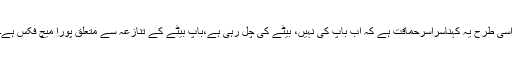
اسی طرح یہ کہناسراسرحماقت ہے کہ اب باپ کی نہیں، بیٹے کی چل رہی ہے،باپ بیٹے کے تنازعہ سے متعلق پورا میچ فکس ہے۔